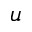
\boldsymbol { u }